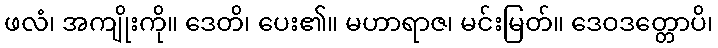
ဖလံ၊ အကျိုးကို။ ဒေတိ၊ ပေး၏။ မဟာရာဇ၊ မင်းမြတ်။ ဒေဝဒတ္တောပိ၊